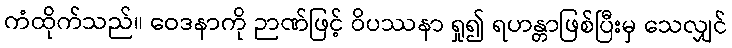
ကံထိုက်သည်။ ဝေဒနာကို ဉာဏ်ဖြင့် ဝိပဿနာ ရှု၍ ရဟန္တာဖြစ်ပြီးမှ သေလျှင်